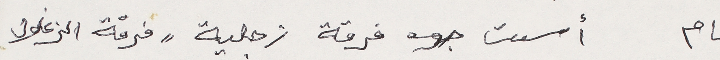
عام اسست فرقة زجلية " فرقة الزغلول"